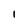
Character: 1